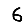
Digit: 6